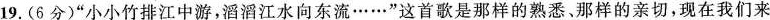
19. (6分)“小小竹排江中游，滔滔江水向东流……”这首歌是那样的熟悉、那样的亲切，现在我们来